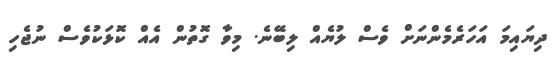
ދިޔައިމަ އަހަރެމެންނަށް ވެސް ލުޔެއް ލިބޭނެ. މިވާ ގޮތުން އެއް ކޮޅަކުވެސް ނުޖެހި